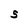
Character: 5